Source: Handwritten
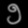
Digit: ၅ (5)